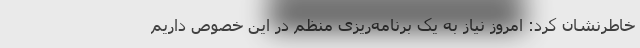
خاطرنشان کرد: امروز نیاز به یک برنامه‌ریزی منظم در این خصوص داریم